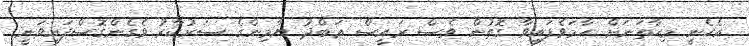
އެހެނީ މިހާތަނަށް ހާމަވެފައިވާ ގޮތުން ވެސް ރައީސް ޢަބްދު ޔާމިންގެ ސަރުކާރު ވެގެންގޮސްފައިވަނީ